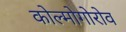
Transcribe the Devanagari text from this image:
कोल्मोगोरोव